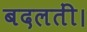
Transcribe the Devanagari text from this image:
बदलतीं।